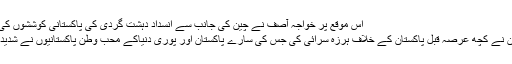
اس موقع پر خواجہ آصف نے چین کی جانب سے انسداد دہشت گردی کی پاکستانی کوششوں کی حمایت پر
الطاف حسین نے کچھ عرصہ قبل پاکستان کے خلاف ہرزہ سرائی کی جس کی سارے پاکستان اور پوری دنیاکے محب وطن پاکستانیوں نے شدید مذمت کی۔